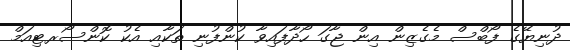
ދުނިޔޭގެ ފޯބްސް މެގެޒިން އިން ޖާގަ ހޯދާފައިވާ ކުންފުނި ތަކާއި އެކު ކޮންސޯރޓިއަމް